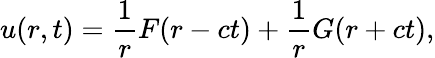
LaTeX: u(r,t)={\frac{1}{r}}F(r-ct)+{\frac{1}{r}}G(r+ct),